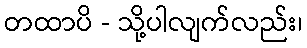
တထာပိ - သို့ပါလျက်လည်း၊